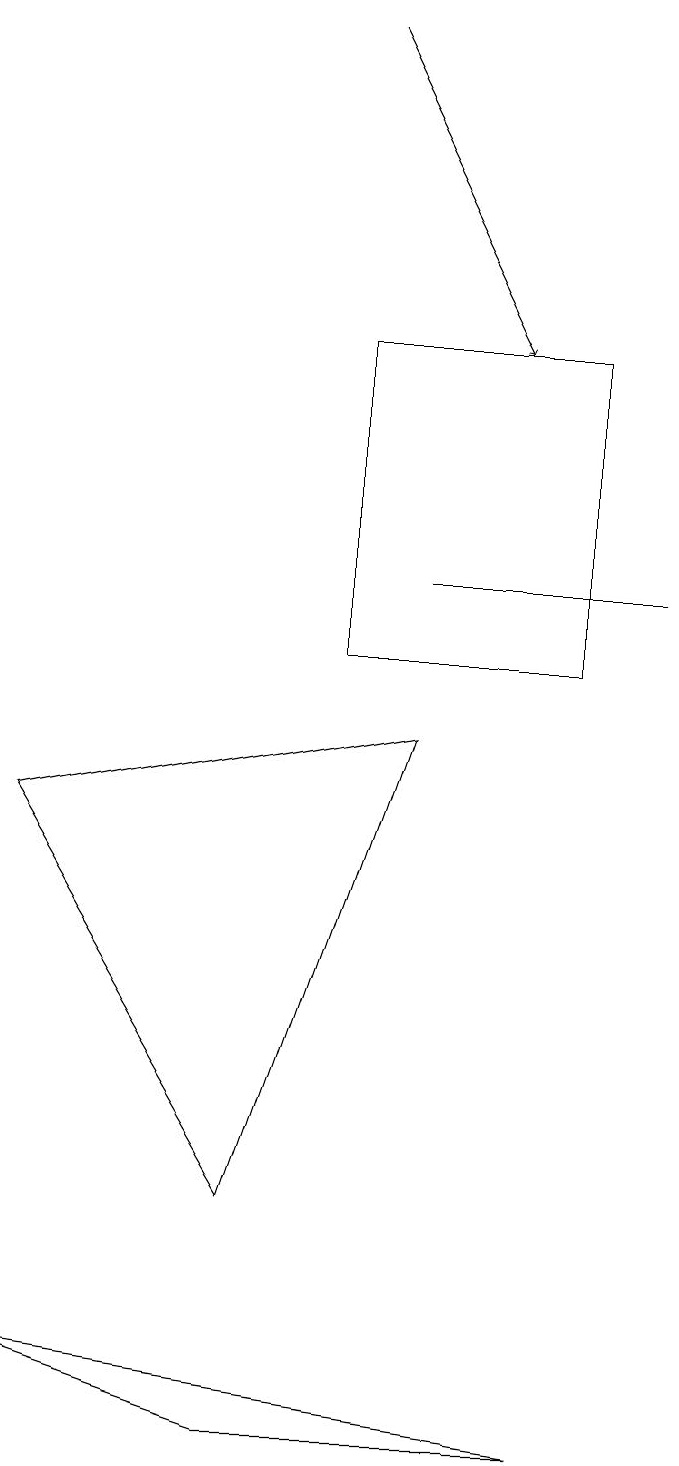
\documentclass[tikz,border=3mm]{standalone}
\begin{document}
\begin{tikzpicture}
\draw (5,10) rectangle (8,14);
\draw[->] (5,18) -- (7,14);
\draw (9,11) rectangle (6,11);
\draw (6,9) -- (1,8) -- (4,3) -- cycle;
\draw (4,0) -- (1,1) -- (8,0) -- cycle;
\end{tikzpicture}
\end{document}